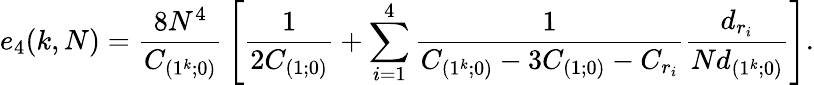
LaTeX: e_{4}(k,N)={\frac{8N^{4}}{C_{(1^{k};0)}}}\left[{\frac{1}{2C_{(1;0)}}}+\sum_{i=1}^{4}{\frac{1}{C_{(1^{k};0)}-3C_{(1;0)}-C_{r_{i}}}}{\frac{d_{r_{i}}}{Nd_{(1^{k};0)}}}\right].